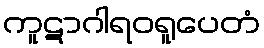
ကူဋာဂါရဝရူပေတံ